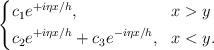
LaTeX: \begin{align*}\left\{\begin{aligned}& c_1 e^{+i\eta x/h}, &&x > y \\&c_2 e^{+i\eta x/h} + c_3 e^{-i\eta x/h}, &&x < y.\end{aligned}\right.\end{align*}